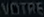
VOTORS